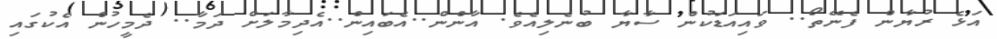
އަޅެ ރުޔާން ފެނޭތޯ.. ވައިއަޑަކުން ސާޔާ ބުނެލިއެވެ. އާންން..އެބައިން..އެދިމާލަށް ދަމާ.. ދެމީހުން އެކުގައި